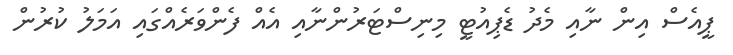
ޕީއެސް އިން ނާއި މެދު ޑެޕިއުޓީ މިނިސްޓަރުންނާއި އެއް ފެންވަރެއްގައި އަމަލު ކުރުން